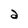
Character: a